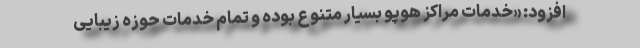
افزود: «خدمات مراکز هوپو بسیار متنوع بوده و تمام خدمات حوزه زیبایی